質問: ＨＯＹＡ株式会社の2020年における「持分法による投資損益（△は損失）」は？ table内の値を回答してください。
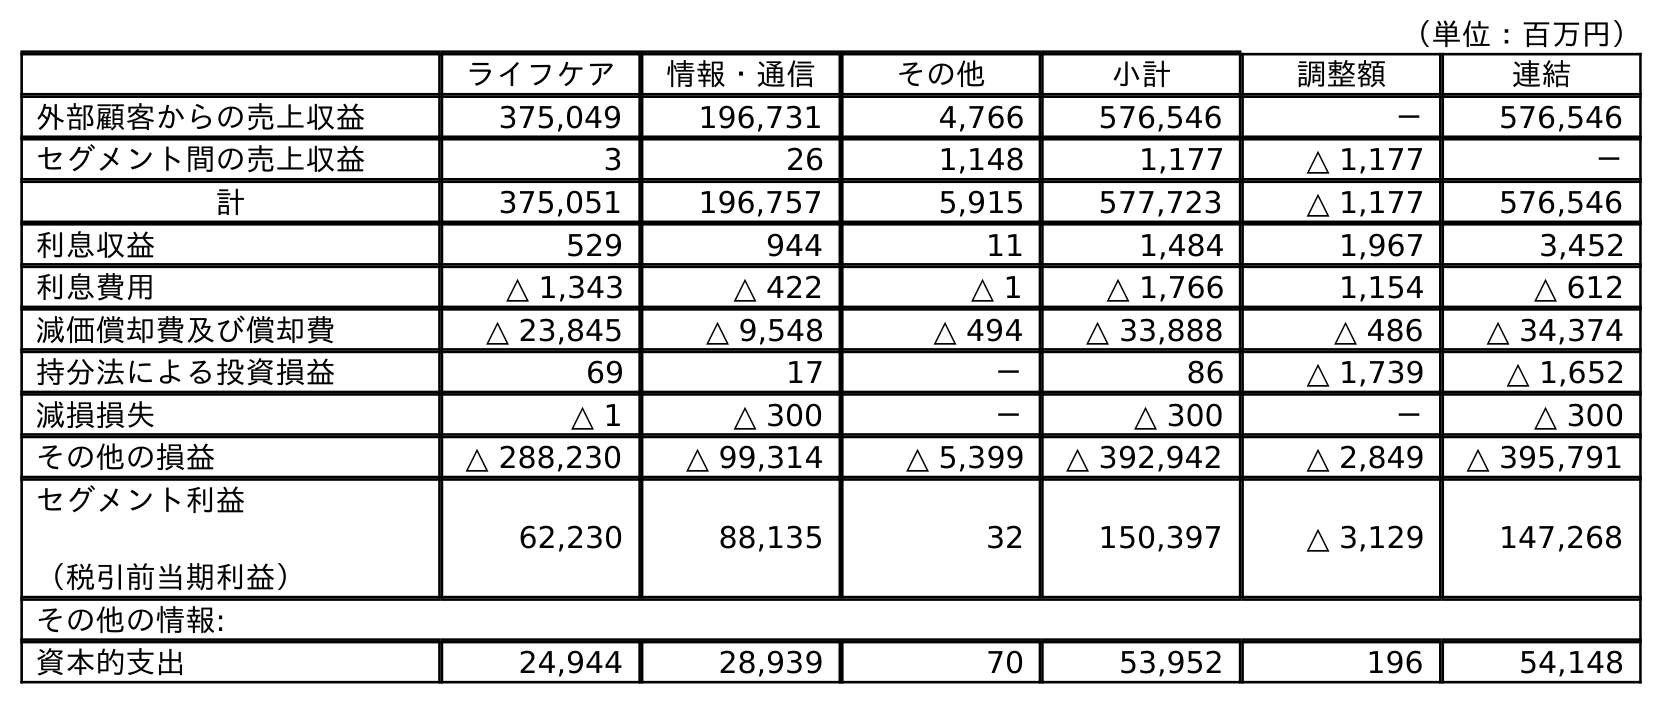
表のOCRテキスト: （単位：百万円） ライフケア 情報・通信 その他 小計 調整額 連結 外部顧客からの売上収益 375,049 196,731 4,766 576,546 － 576,546 セグメント間の売上収益 3 26 1,148 1,177 △ 1,177 － 計 375,051 196,757 5,915 577,723 △ 1,177 576,546 利息収益 529 944 11 1,484 1,967 3,452 利息費用 △ 1,343 △ 422 △ 1 △ 1,766 1,154 △ 612 減価償却費及び償却費 △ 23,845 △ 9,548 △ 494 △ 33,888 △ 486 △ 34,374 持分法による投資損益 69 17 － 86 △ 1,739 △ 1,652 減損損失 △ 1 △ 300 － △ 300 － △ 300 その他の損益 △ 288,230 △ 99,314 △ 5,399 △ 392,942 △ 2,849 △ 395,791 セグメント利益 （税引前当期利益） 62,230 88,135 32 150,397 △ 3,129 147,268 その他の情報: 資本的支出 24,944 28,939 70 53,952 196 54,148
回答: △1,652